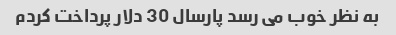
به نظر خوب می رسد پارسال 30 دلار پرداخت کردم